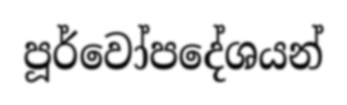
පූර්වෝපදේශයන්